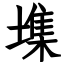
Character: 㙫